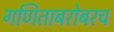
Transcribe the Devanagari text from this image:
गणिताबरोबरच